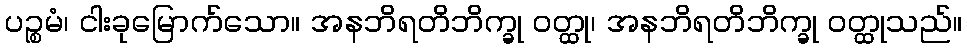
ပဉ္စမံ၊ ငါးခုမြောက်သော။ အနဘိရတိဘိက္ခု ဝတ္ထု၊ အနဘိရတိဘိက္ခု ဝတ္ထုသည်။